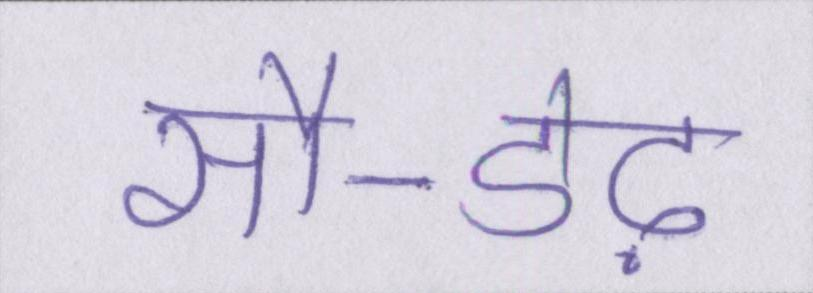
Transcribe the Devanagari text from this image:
सौ-डेढ़